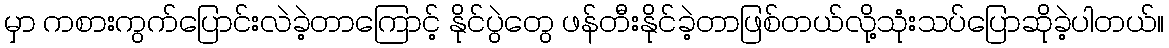
မှာ ကစားကွက်ပြောင်းလဲခဲ့တာကြောင့် နိုင်ပွဲတွေ ဖန်တီးနိုင်ခဲ့တာဖြစ်တယ်လို့သုံးသပ်ပြောဆိုခဲ့ပါတယ်။